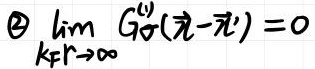
\textcircled{2}\(\lim_{k \boldsymbol{r}\to\infty} G_{0}^{(\omega)}(\vec{x}-\vec{x}') = 0\)